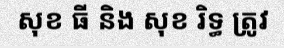
សុខ ធី និង សុខ រិទ្ធ ត្រូវ